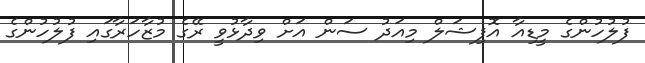
ފުލުހުންގެ މީޑިއާ އޮފިޝަލް މިއަދު ސަން އަށް ވިދާޅުވީ ރޭގެ މުޒާހަރާގައި ފުލުހުންގެ